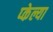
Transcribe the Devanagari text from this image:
प्केल्या